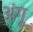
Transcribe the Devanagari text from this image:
अंगू